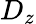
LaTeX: D_{z}